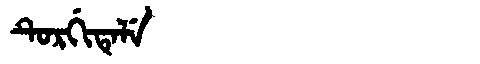
Manchu: ᡨᡠᡵᡤᡳᡨᡝᠯᡝ
Romanization: TURGITELE